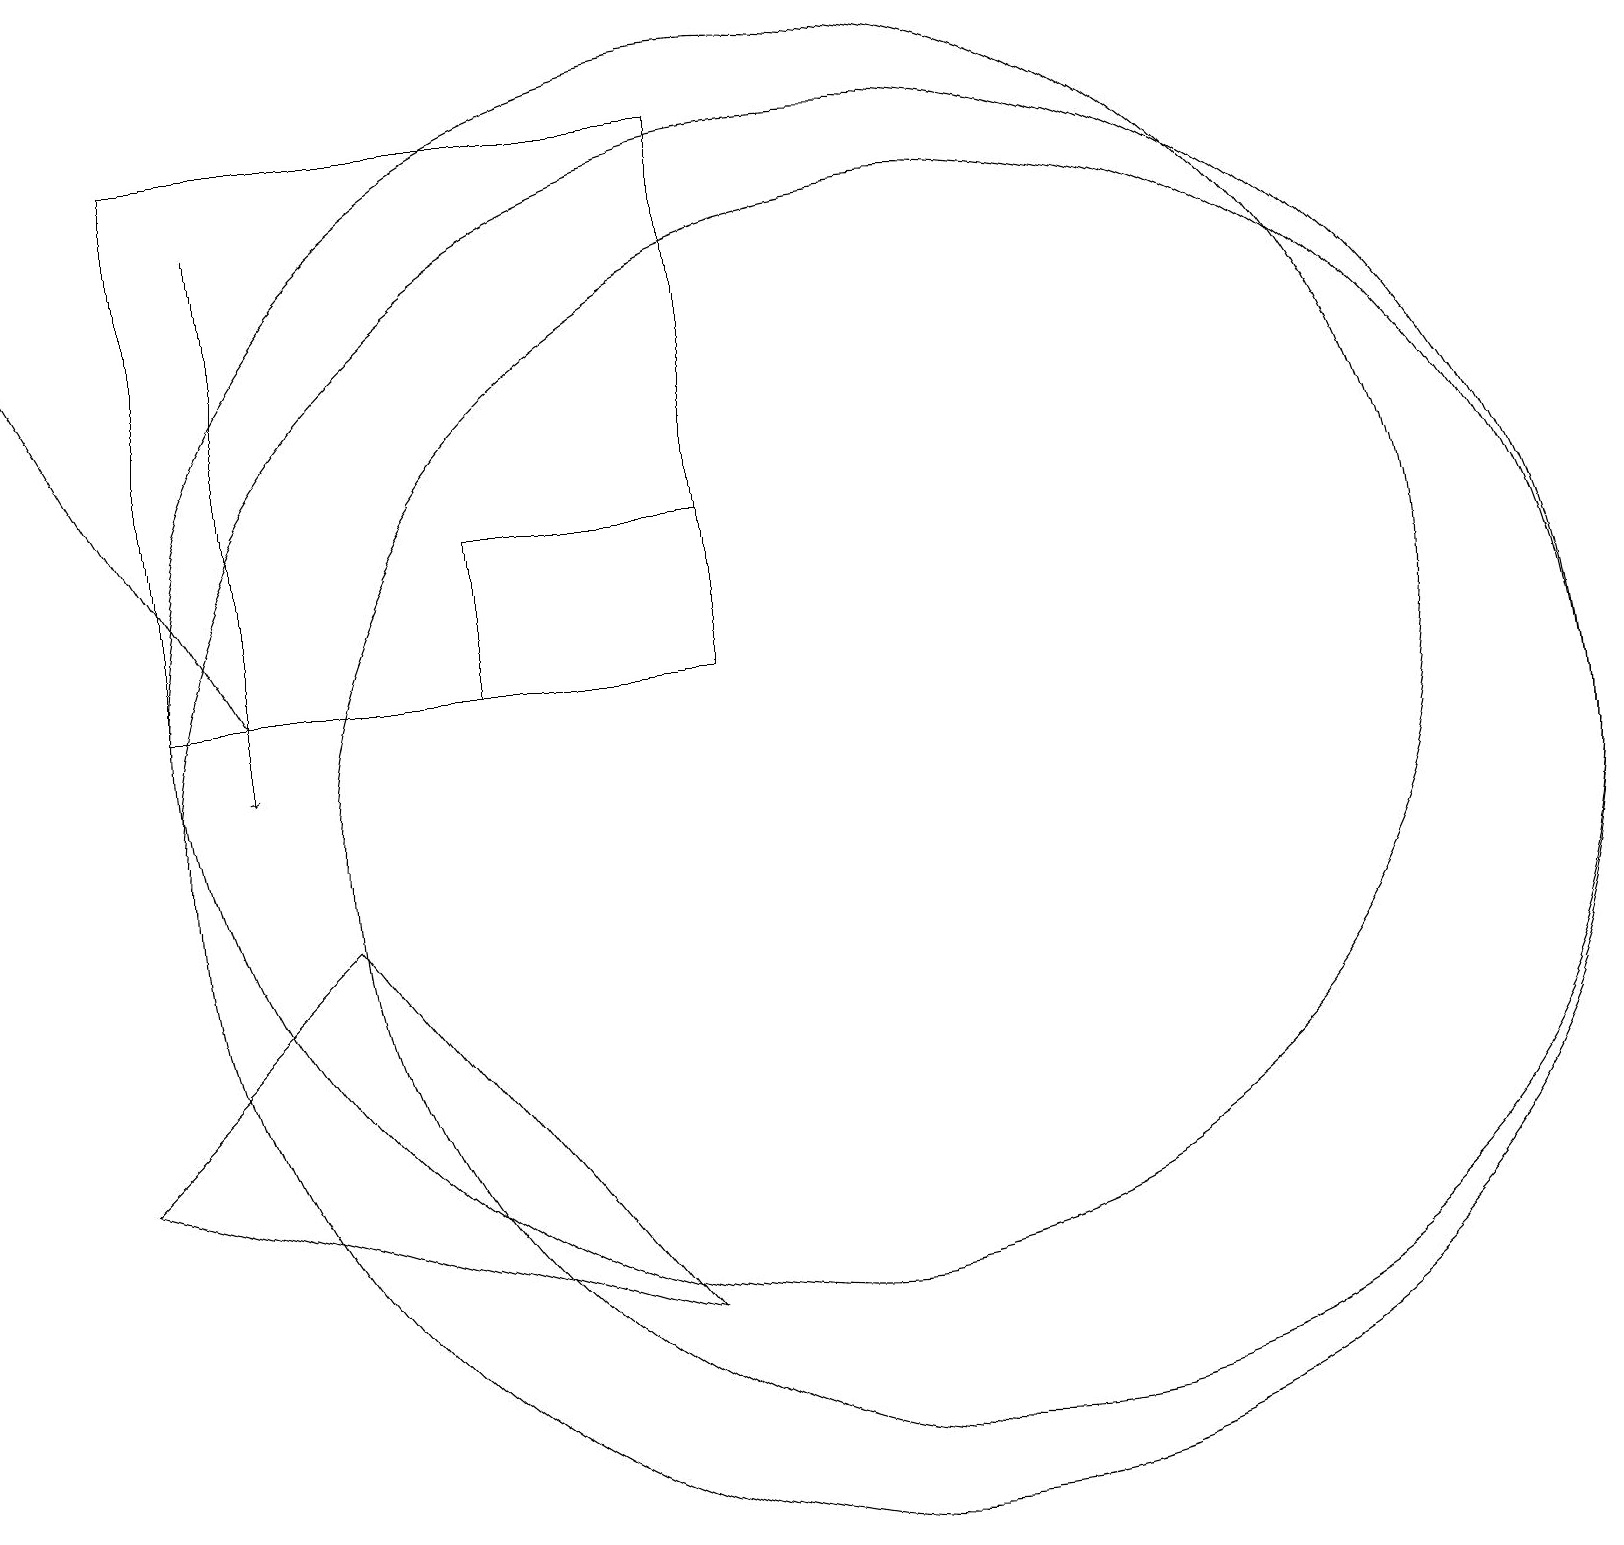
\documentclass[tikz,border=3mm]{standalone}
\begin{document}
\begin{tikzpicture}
\draw (10,12) circle (8);
\draw (12,10) circle (8);
\draw[->] (3,12) -- (0,17);
\draw (1,6) -- (4,9) -- (8,4) -- cycle;
\draw (9,14) rectangle (6,12);
\draw (11,10) circle (9);
\draw (9,12) rectangle (2,19);
\draw[->] (3,18) -- (3,11);
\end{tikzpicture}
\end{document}